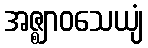
အဇ္ဈာဝသေယျံ